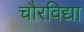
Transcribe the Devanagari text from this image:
चौरविद्या